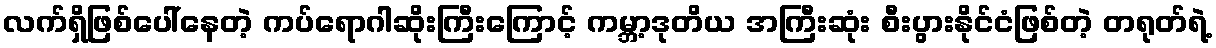
လက်ရှိဖြစ်ပေါ်နေတဲ့ ကပ်ရောဂါဆိုးကြီးကြောင့် ကမ္ဘာ့ဒုတိယ အကြီးဆုံး စီးပွားနိုင်ငံဖြစ်တဲ့ တရုတ်ရဲ့